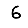
Digit: 6